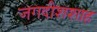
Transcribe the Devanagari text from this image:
जगदीशशाह